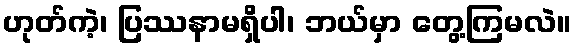
ဟုတ်ကဲ့၊ ပြဿနာမရှိပါ၊ ဘယ်မှာ တွေ့ကြမလဲ။